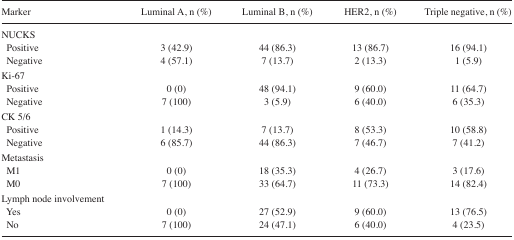
<table><thead><tr><td><b>Marker</b></td><td><b>Luminal A, n (%)</b></td><td><b>Luminal B, n (%)</b></td><td><b>HER2, n (%)</b></td><td><b>Triple negative, n (%)</b></td></tr></thead><tbody><tr><td colspan="5">NUCKS</td></tr><tr><td> Positive</td><td>3 (42.9)</td><td>44 (86.3)</td><td>13 (86.7)</td><td>16 (94.1)</td></tr><tr><td> Negative</td><td>4 (57.1)</td><td>7 (13.7)</td><td>2 (13.3)</td><td>1 (5.9)</td></tr><tr><td colspan="5">Ki-67</td></tr><tr><td> Positive</td><td>0 (0)</td><td>48 (94.1)</td><td>9 (60.0)</td><td>11 (64.7)</td></tr><tr><td> Negative</td><td>7 (100)</td><td>3 (5.9)</td><td>6 (40.0)</td><td>6 (35.3)</td></tr><tr><td colspan="5">CK 5/6</td></tr><tr><td> Positive</td><td>1 (14.3)</td><td>7 (13.7)</td><td>8 (53.3)</td><td>10 (58.8)</td></tr><tr><td> Negative</td><td>6 (85.7)</td><td>44 (86.3)</td><td>7 (46.7)</td><td>7 (41.2)</td></tr><tr><td colspan="5">Metastasis</td></tr><tr><td> M1</td><td>0 (0)</td><td>18 (35.3)</td><td>4 (26.7)</td><td>3 (17.6)</td></tr><tr><td> M0</td><td>7 (100)</td><td>33 (64.7)</td><td>11 (73.3)</td><td>14 (82.4)</td></tr><tr><td colspan="5">Lymph node involvement</td></tr><tr><td> Yes</td><td>0 (0)</td><td>27 (52.9)</td><td>9 (60.0)</td><td>13 (76.5)</td></tr><tr><td> No</td><td>7 (100)</td><td>24 (47.1)</td><td>6 (40.0)</td><td>4 (23.5)</td></tr></tbody></table>